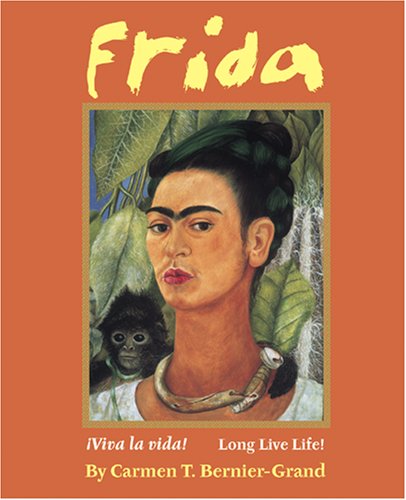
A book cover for Frida: Viva La Vida! Long Live Life!; Carmen Bernier-Grand; Teen & Young Adult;